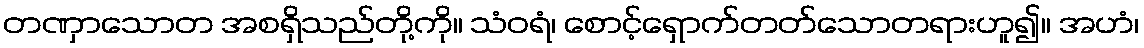
တဏှာသောတ အစရှိသည်တို့ကို။ သံဝရံ၊ စောင့်ရှောက်တတ်သောတရားဟူ၍။ အဟံ၊